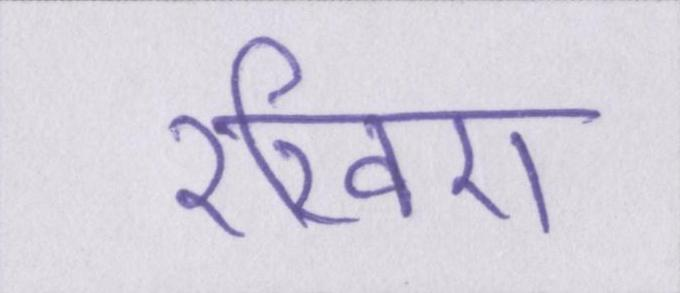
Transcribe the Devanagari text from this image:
रखिए